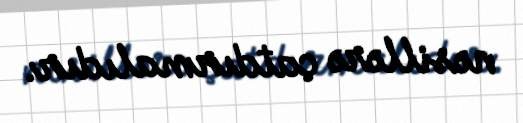
nəsillərə çatdırmalıdır.